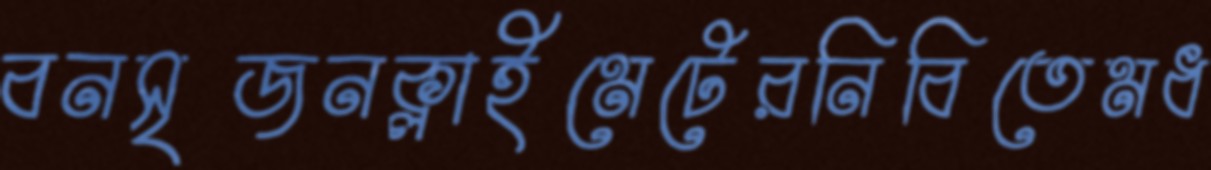
বনসৃজনক্লাইমেটেরনিবিতেমধ